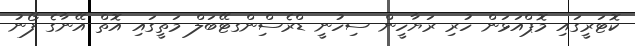
ކޮޓަރީގައި މޮޕްއަޅަން ހުރި ރަޔާހީން ސިހުނީ ޑްރެސްިންގޓޭބަލް މަތީގައި އޮތް އޭނާގެ ފޯނު